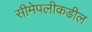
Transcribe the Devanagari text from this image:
सीमेपलीकडील